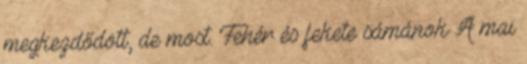
megkezdődött, de most. Fehér és fekete sámánok A mai